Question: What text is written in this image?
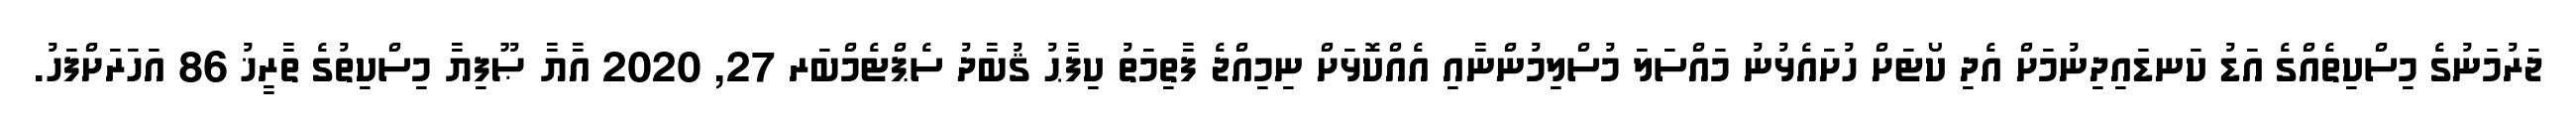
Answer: ޖަރުމަނުގެ މިސްކިތެއްގެ އަޑު ކަނޑައިދިނުމަށް އެދި ކޯޓަށް ހުށައެޅުނު މައްސަލަ މުސްލިމުންނާއި އެއްކޮޅަށް ނިމިއްޖެ ފާތިމަތު ކިފާޙު ޤުބާދު ސެޕްޓެމްބަރ 27, 2020 އާޔާ ޞޫފިޔާ މިސްކިތުގެ ތާރީޚު 86 އަހަރަށްފަހު.